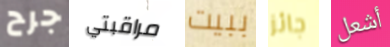
جرح مراقبتي ببيت جائز أشعل